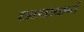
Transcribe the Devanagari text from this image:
छायाकर्ण